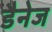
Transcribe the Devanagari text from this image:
डैनेज